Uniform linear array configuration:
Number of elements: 4
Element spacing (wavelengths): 0.75
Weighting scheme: uniform
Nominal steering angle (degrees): -15
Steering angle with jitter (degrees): -14.857
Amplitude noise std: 0.05
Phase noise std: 0.05

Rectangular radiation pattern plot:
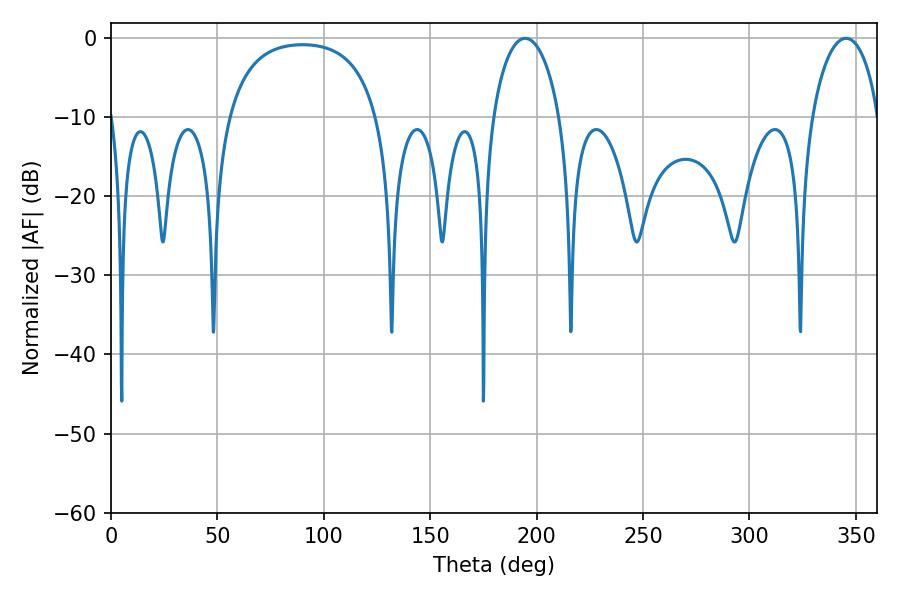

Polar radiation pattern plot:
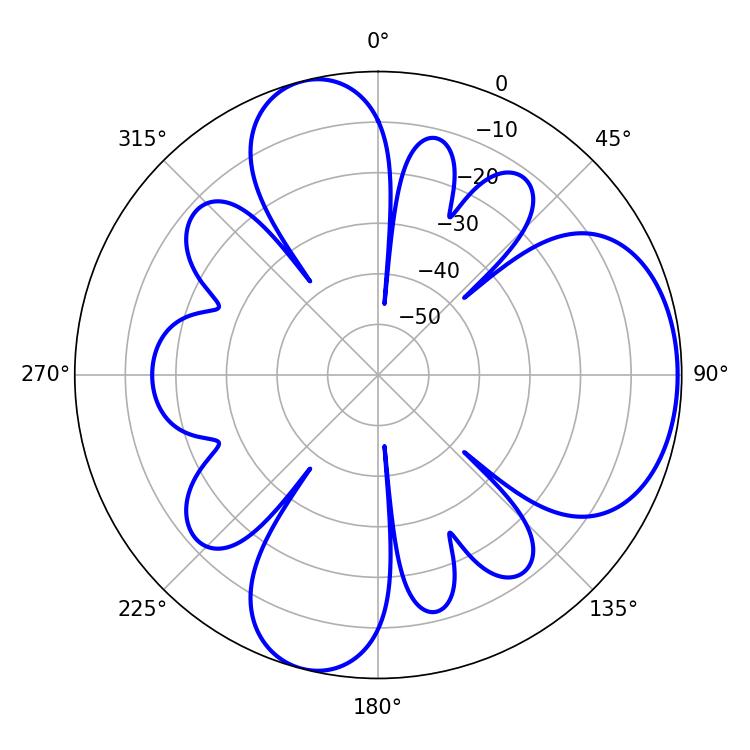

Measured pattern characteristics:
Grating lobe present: TRUE
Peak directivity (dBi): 6.246
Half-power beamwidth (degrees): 18
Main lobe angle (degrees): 194.58